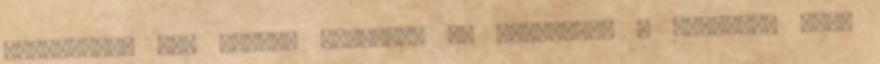
tudomásom. Nem értem. Felállok és leporolom a ruhámat, majd